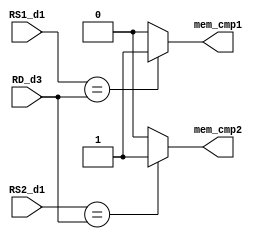
module mem_compare(RS1_d1,RS2_d1,RD_d3,mem_cmp1,mem_cmp2);
input [4:0]RS1_d1;
input [4:0]RS2_d1;
input [4:0]RD_d3;
output mem_cmp1,mem_cmp2;

reg cmp1,cmp2;

always@(*)
begin
if(RS1_d1==RD_d3)
cmp1=1;
else
cmp1=0;

if(RS2_d1==RD_d3)
cmp2=1;
else
cmp2=0;

end

assign mem_cmp1 = cmp1;
assign mem_cmp2 = cmp2;

endmodule